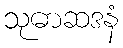
သုဓာဆဒနံ